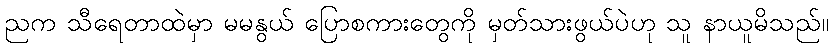
ညက သီရေတာထဲမှာ မမနွယ် ပြောစကားတွေကို မှတ်သားဖွယ်ပဲဟု သူ နာယူမိသည်။